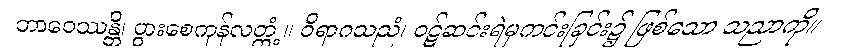
ဘာဝေဿန္တိ၊ ပွားစေကုန်လတ္တံ့။ ဝိရာဂသညံ၊ ဝဋ်ဆင်းရဲမှကင်းခြင်း၌ ဖြစ်သော သညာကို။